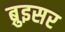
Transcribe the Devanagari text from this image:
ब्रुइसर